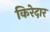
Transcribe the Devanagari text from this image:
किरेदार